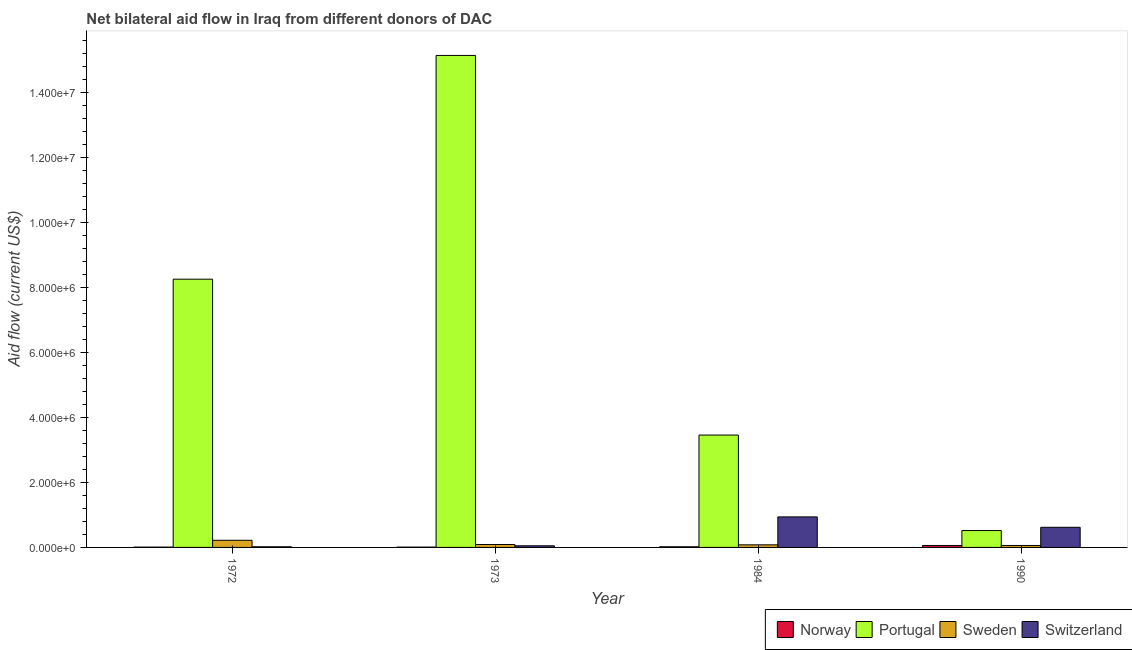
| Year | Norway | Portugal | Sweden | Switzerland |
 | --- | --- | --- | --- | --- |
 | 1972 | 1e+04 | 8.26e+06 | 2.2e+05 | 2e+04 |
 | 1973 | 1e+04 | 1.52e+07 | 9e+04 | 5e+04 |
 | 1984 | 2e+04 | 3.46e+06 | 8e+04 | 9.4e+05 |
 | 1990 | 6e+04 | 5.2e+05 | 6e+04 | 6.2e+05 |